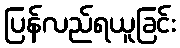
ပြန်လည်ရယူခြင်း